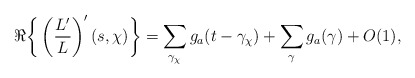
\begin{align*} \Re\bigg\{\left(\frac{L'}{L}\right)'(s,\chi)\bigg\} = \sum_{\gamma_\chi} g_{a}(t-\gamma_\chi)+\sum_{\gamma } g_{a}(\gamma) + O(1),\end{align*}